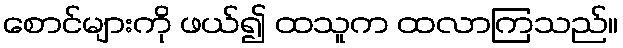
စောင်များကို ဖယ်၍ ထသူက ထလာကြသည်။